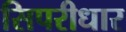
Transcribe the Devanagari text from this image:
सिपरीधार